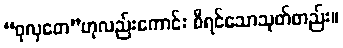
“ဝုလှတေ”ဟုလည်းကောင်း စီရင်သောသုတ်တည်း။